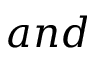
a n d